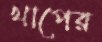
খাপের